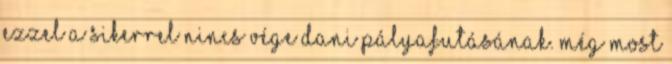
ezzel a sikerrel nincs vége Dani pályafutásának. Még most